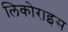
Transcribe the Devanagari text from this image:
लिकोराइस